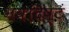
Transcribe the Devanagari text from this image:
भवदिष्टं